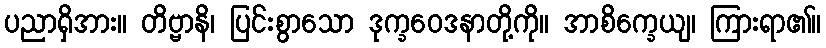
ပညာရှိအား။ တိဗ္ဗာနိ၊ ပြင်းစွာသော ဒုက္ခဝေဒနာတို့ကို။ အာစိက္ခေယျ၊ ကြားရာ၏။